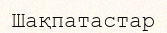
Шақпатастар